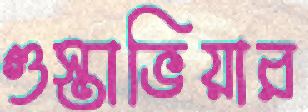
গুস্তাভিয়ার